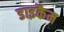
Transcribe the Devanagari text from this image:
डाइकैम